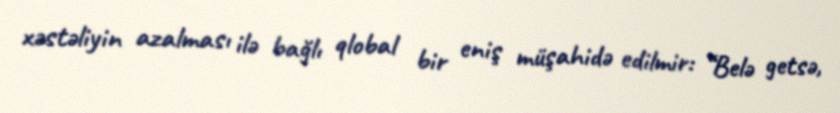
xəstəliyin azalması ilə bağlı qlobal bir eniş müşahidə edilmir: “Belə getsə,